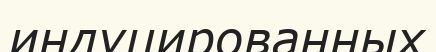
индуцированных